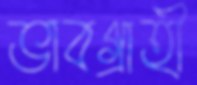
ভাবগ্রাহী